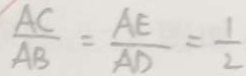
\frac { A C } { A B } = \frac { A E } { A D } = \frac { 1 } { 2 }